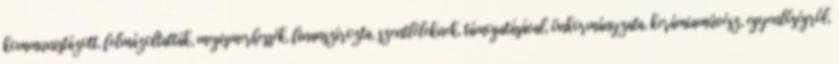
kommunistázott, felmázoltatták, megismerhessék, finanszírozta, szentléleknek, támogatásával, önkormányzata, kerámiaművész, egyenlőségről,